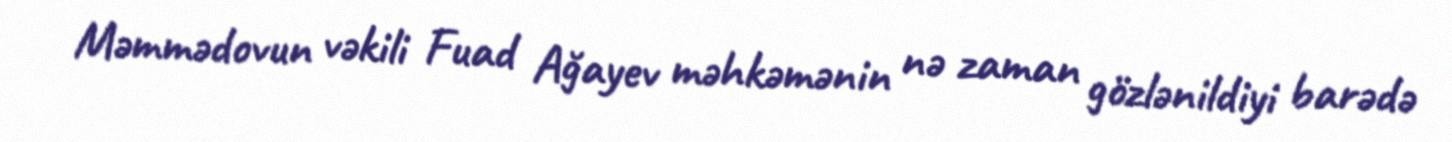
Məmmədovun vəkili Fuad Ağayev məhkəmənin nə zaman gözlənildiyi barədə